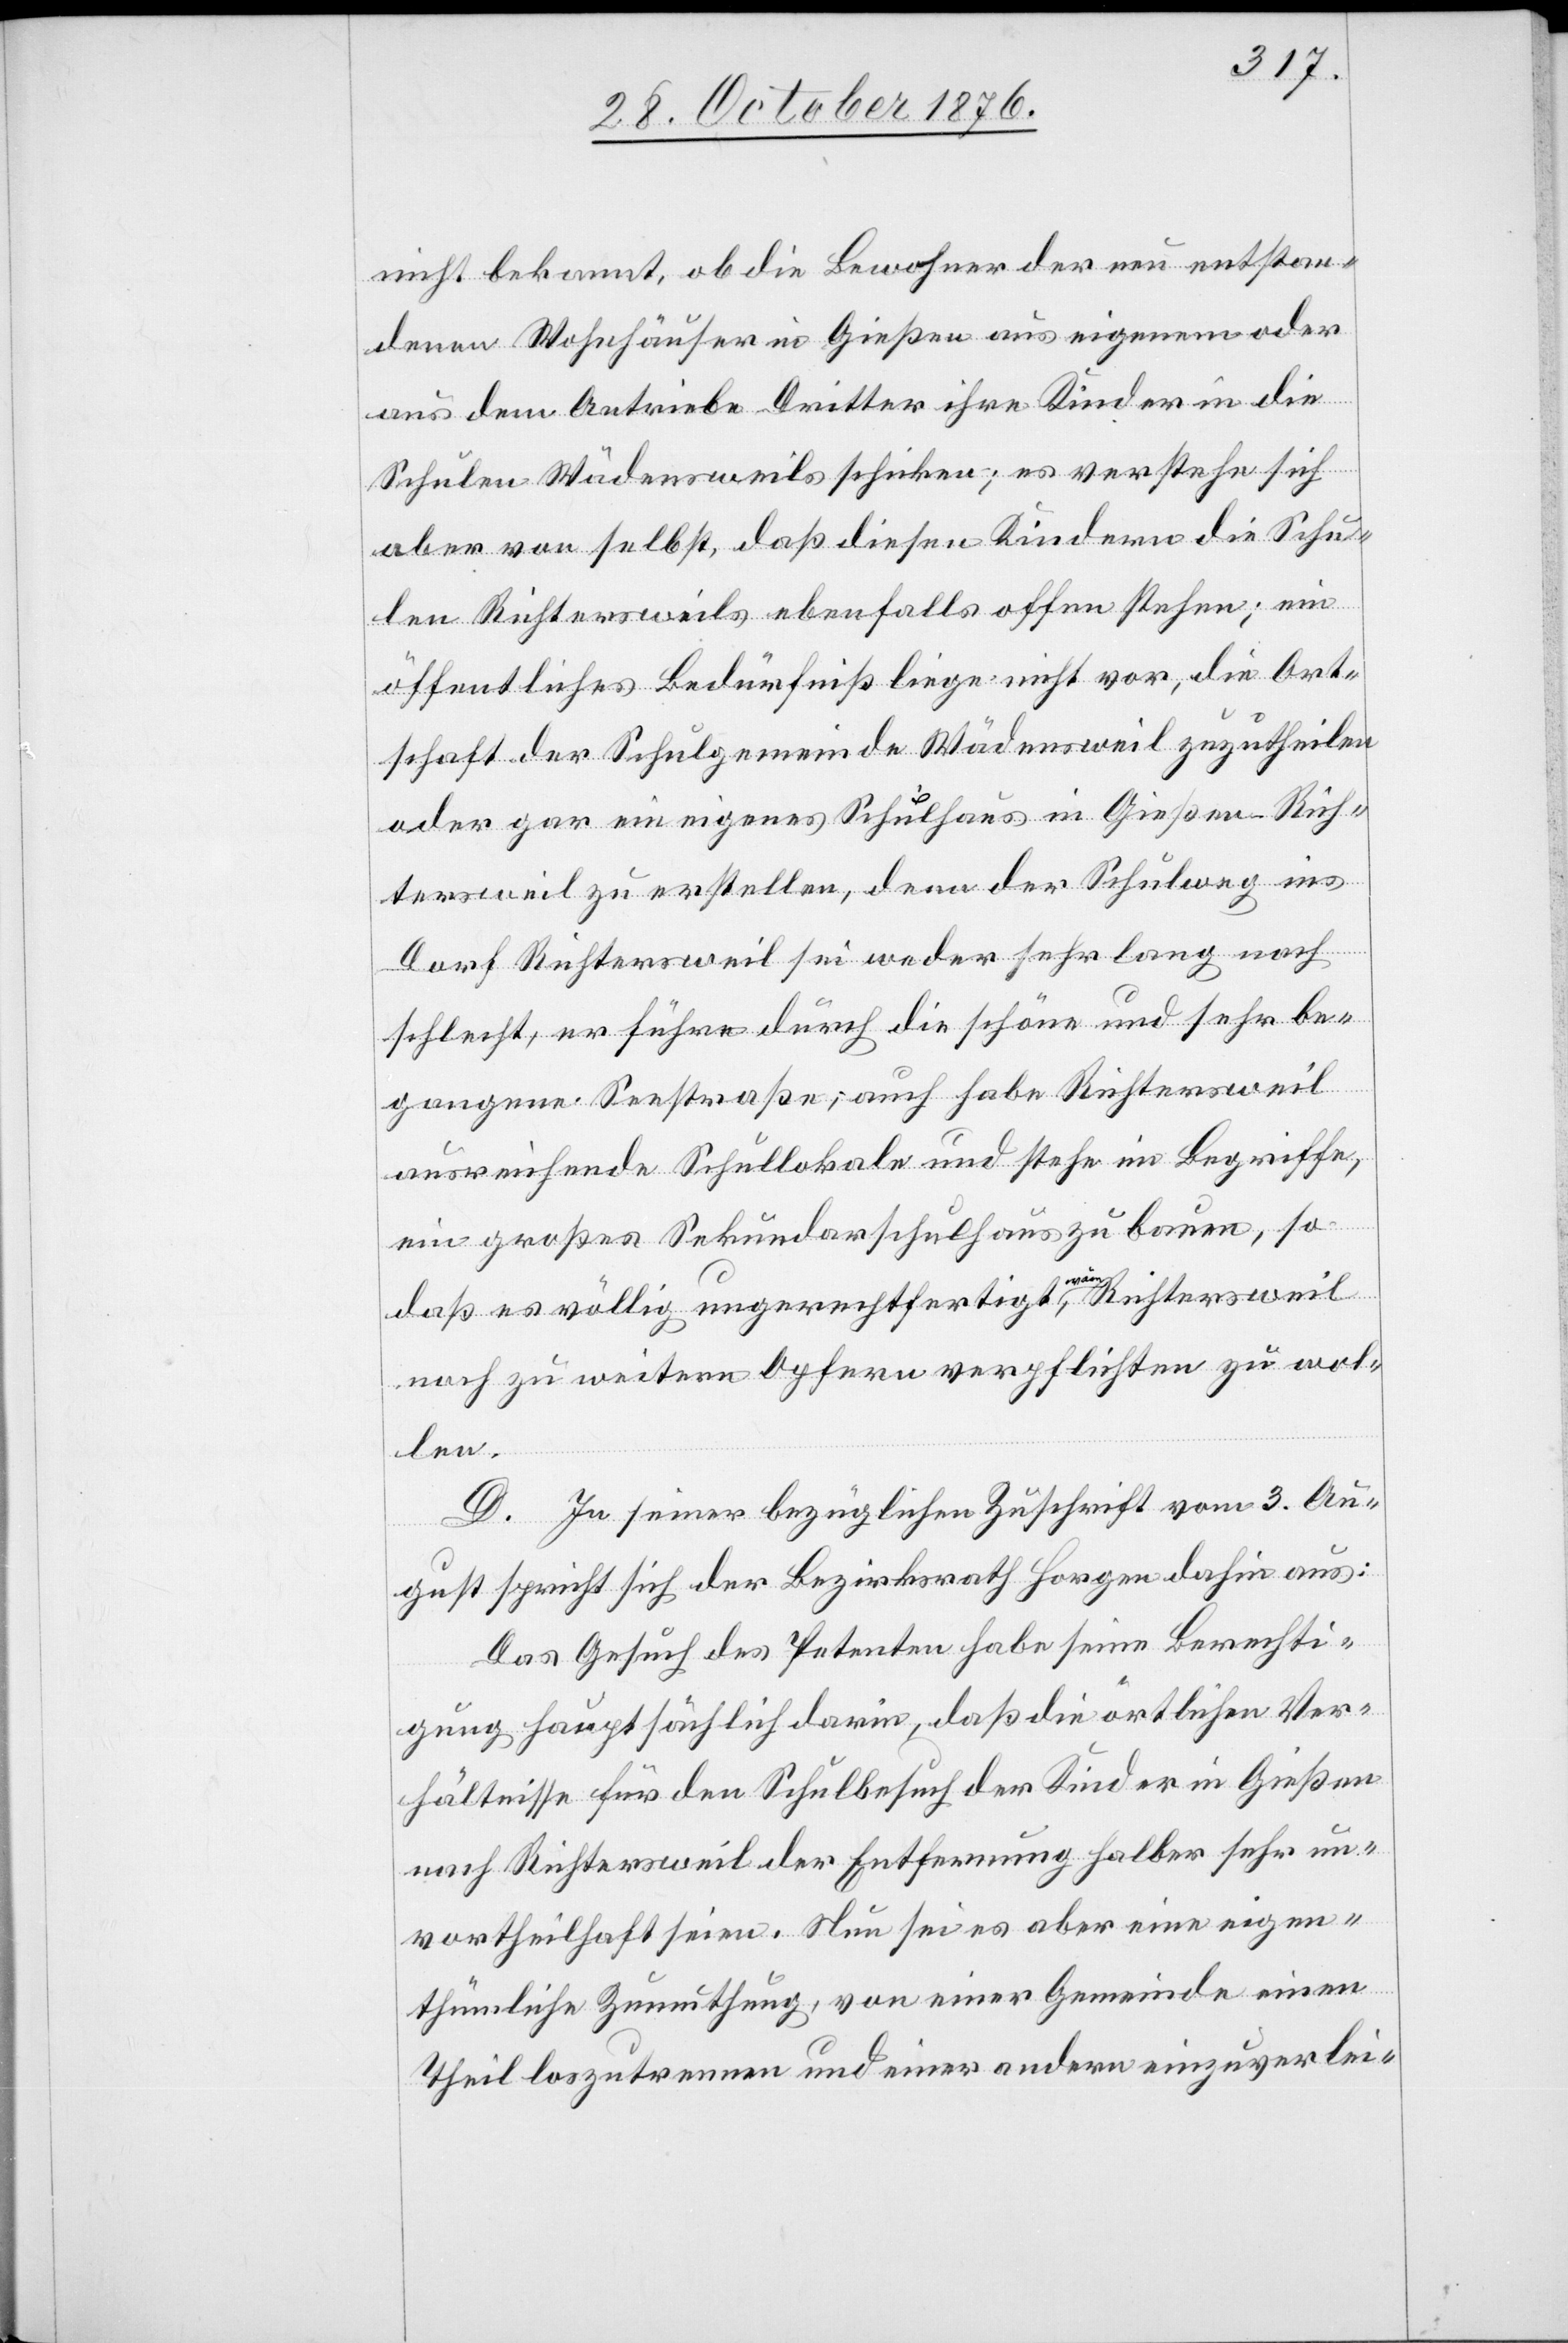
nicht bekannt, ob die Bewohner der neu entstan¬
denen Wohnhäuser in Gießen aus eigenem oder
aus dem Antriebe Dritter ihre Kinder in die
Schulen Wädensweils schicken; es verstehe sich
aber von selbst, daß diesen Kindern die Schu¬
len Richtersweils ebenfalls offen stehen; ein
öffentliches Bedürfniß liege nicht vor, die Ort¬
schaft der Schulgemeinde Wädensweil zuzutheilen
oder gar ein eigenes Schulhaus in Gießen-Rich¬
tersweil zu erstellen, denn der Schulweg ins
Dorf Richtersweil sei weder sehr lang noch
schlecht, er führe durch die schöne und sehr be¬
gangene Seestraße; auch habe Richtersweil
ausreichende Schullokale und stehe im Begriffe,
ein großes Sekundarschulhaus zu bauen, so¬
daß es völlig ungerechtfertigt a wäre a, Richtersweil
noch zu weitern Opfern verpflichten zu wol¬
len.
D. In seiner bezüglichen Zuschrift vom 3. Au¬
gust spricht sich der Bezirksrath Horgen dahin aus.
Das Gesuch des Petenten habe seine Berechti¬
gung hauptsächlich darin, daß die örtlichen Ver¬
hältnisse für den Schulbesuch der Kinder in Gießen
nach Richtersweil der Entfernung halber sehr un¬
vortheilhaft seien. Nun sei es aber eine eigen¬
thümliche Zumuthung, von einer Gemeinde einen
Theil loszutrennen und einer andern einzuverlei-